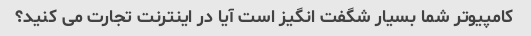
کامپیوتر شما بسیار شگفت انگیز است آیا در اینترنت تجارت می کنید؟